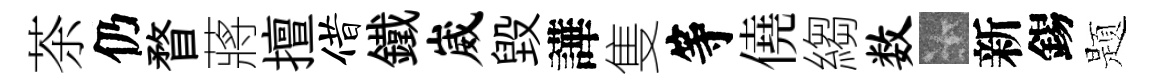
茶仍瞀蔣擅借鐵崴毁譁隻等僥縐数卡新錫题